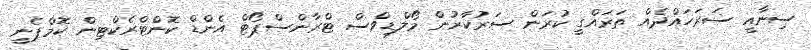
ސިނާއީ ސަރަހައްދެއް ތަރައްގީ ކުރަން ސަރުކާރުން މޯލްޑިވްސް ޓްރާންސްޕޯޓް އެންޑް ކޮންޓްރެކްޓިން ކޮމްޕެނީ